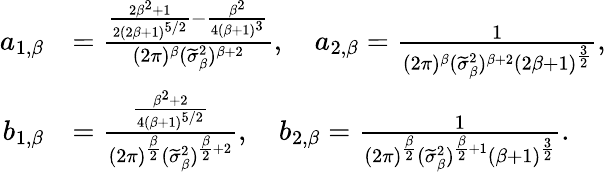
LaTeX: \begin{array}{rl}{a_{1,\beta}}&{=\frac{\frac{2\beta^{2}+1}{2(2\beta+1)^{5/2}}-\frac{\beta^{2}}{4(\beta+1)^{3}}}{(2\pi)^{\beta}(\widetilde{\sigma}_{\beta}^{2})^{\beta+2}},\quad a_{2,\beta}=\frac{1}{(2\pi)^{\beta}(\widetilde{\sigma}_{\beta}^{2})^{\beta+2}(2\beta+1)^{\frac{3}{2}}},}\\ {b_{1,\beta}}&{=\frac{\frac{\beta^{2}+2}{4(\beta+1)^{5/2}}}{(2\pi)^{\frac{\beta}{2}}(\widetilde{\sigma}_{\beta}^{2})^{\frac{\beta}{2}+2}},\quad b_{2,\beta}=\frac{1}{(2\pi)^{\frac{\beta}{2}}(\widetilde{\sigma}_{\beta}^{2})^{\frac{\beta}{2}+1}(\beta+1)^{\frac{3}{2}}}.}\end{array}